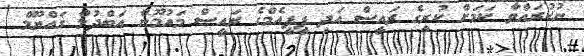
ނުކުރައްވާ ކަމަށް ކުރީގެ ރައީސް އަދި ޕީޕީއެމްގެ ރައީސް މައުމޫން އަބްދުލް ގައްޔޫމް